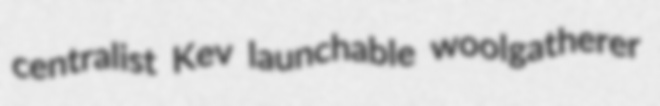
centralist Kev launchable woolgatherer